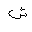
Letter: _shin